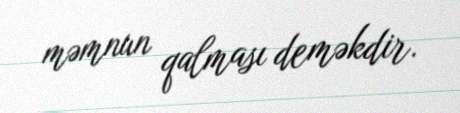
məmnun qalması deməkdir.